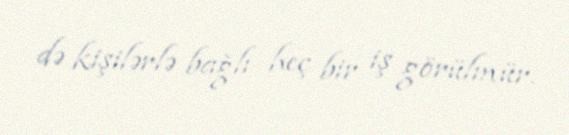
də kişilərlə bağlı heç bir iş görülmür.